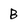
Character: B